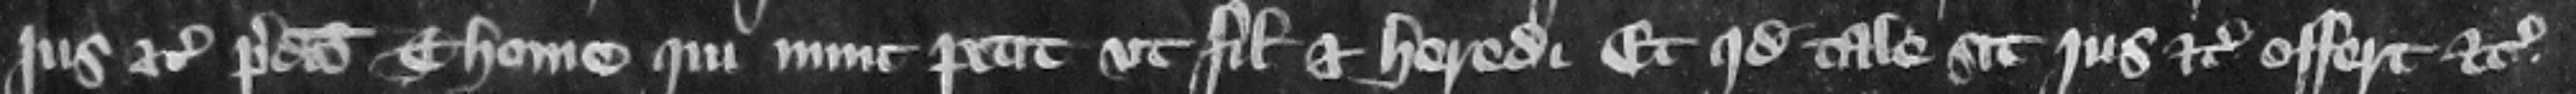
jus etc. predicto Thome qui nunc petit vt filio et heredi. Et quod tale sit jus etc. offert etc.